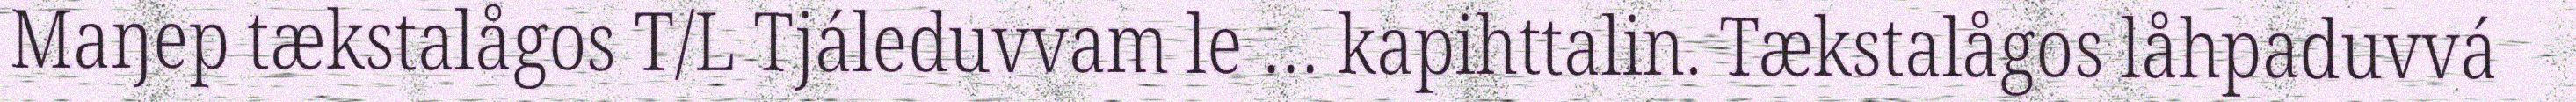
Maŋep tækstalågos T/L Tjáleduvvam le … kapihttalin. Tækstalågos låhpaduvvá